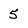
Character: 5